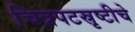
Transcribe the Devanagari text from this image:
चित्रपटस्रृष्टीचे